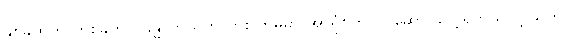
နှစ်ခုထဲက တစ်ခုကိုပဲ ခန္ဓာကိုယ်က တစ်ကြိမ်မှာ အာရုံစိုက်လုပ်ဆောင်လေ့ရှိတယ်လို့ သူက